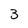
Character: 3